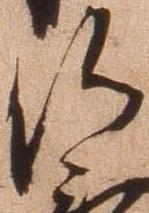
候